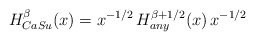
\begin{align*}H_{CaSu}^\beta (x) = x^{-1/2} \, H_{any}^{\beta+1/2}(x) \, x^{-1/2}\end{align*}